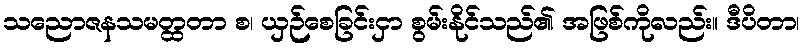
သညောဇနသမတ္ထတာ စ၊ ယှဉ်စေခြင်းငှာ စွမ်းနိုင်သည်၏ အဖြစ်ကိုလည်း။ ဒီပိတာ၊